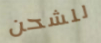
للشحن